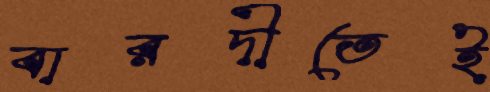
বারদীতেই